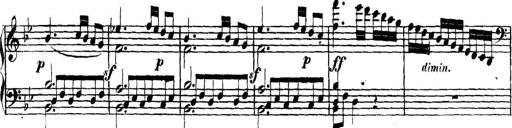
Title: Collected Piano Sonatas
Composer: Muzio Clementi